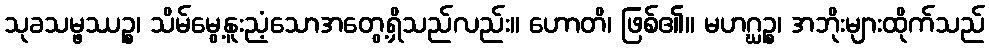
သုခသမ္ဖဿဉ္စ၊ သိမ်မွေ့နူးညံ့သောအတွေ့ရှိသည်လည်း။ ဟောတိ၊ ဖြစ်၏။ မဟဂ္ဃဉ္စ၊ အဘိုးများထိုက်သည်